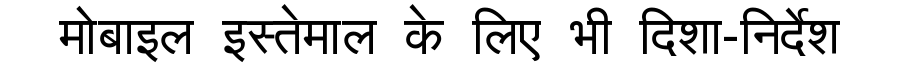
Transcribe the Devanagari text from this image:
मोबाइल इस्तेमाल के लिए भी दिशा-निर्देश